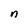
Character: n